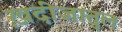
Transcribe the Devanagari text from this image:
ख़दीजातुल